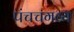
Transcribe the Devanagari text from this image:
पंचचगव्य